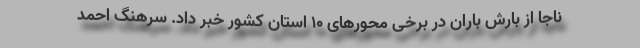
ناجا از بارش باران در برخی محورهای ۱۰ استان کشور خبر داد. سرهنگ احمد